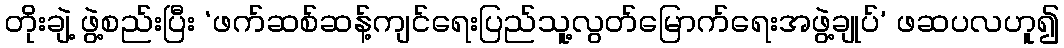
တိုးချဲ့ ဖွဲ့စည်းပြီး ‘ဖက်ဆစ်ဆန့်ကျင်ရေးပြည်သူ့လွတ်မြောက်ရေးအဖွဲ့ချုပ်’ ဖဆပလဟူ၍